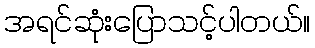
အရင်ဆုံးပြောသင့်ပါတယ်။